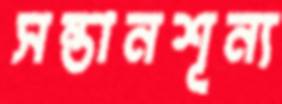
সন্তানশূন্য